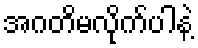
အဂတိမလိုက်ပါနဲ့